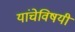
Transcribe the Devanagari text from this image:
यांचेविषयी